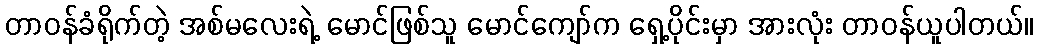
တာဝန်ခံရိုက်တဲ့ အစ်မလေးရဲ့ မောင်ဖြစ်သူ မောင်ကျော်က ရှေ့ပိုင်းမှာ အားလုံး တာဝန်ယူပါတယ်။